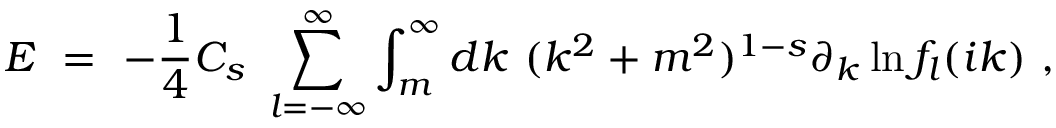
{ \cal E } \ = \ - \frac 1 4 C _ { s } \ \sum _ { l = - \infty } ^ { \infty } \int _ { m } ^ { \infty } d k \ ( k ^ { 2 } + m ^ { 2 } ) ^ { 1 - s } \partial _ { k } \ln f _ { l } ( i k ) \ ,